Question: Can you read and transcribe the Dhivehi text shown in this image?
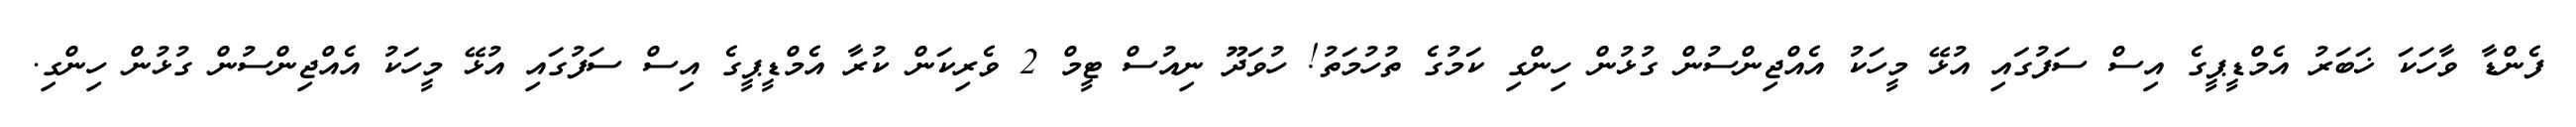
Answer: ފެންޑާ ވާހަކަ ޚަބަރު އެމްޑީޕީގެ އިސް ސަފުގައި އުޅޭ މީހަކު އެއްޖިންސުން ގުޅުން ހިންގި ކަމުގެ ތުހުމަތު! ހުވަދޫ ނިއުސް ޓީމް 2 ވެރިކަން ކުރާ އެމްޑީޕީގެ އިސް ސަފުގައި އުޅޭ މީހަކު އެއްޖިންސުން ގުޅުން ހިންގި.